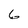
Character: 6